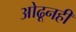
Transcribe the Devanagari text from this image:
ओढूनही